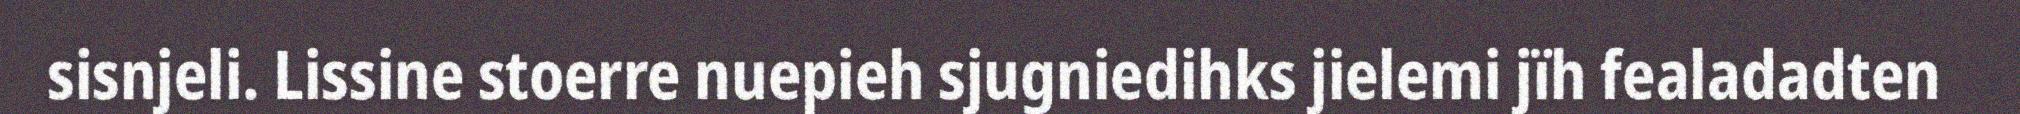
sisnjeli. Lissine stoerre nuepieh sjugniedihks jielemi jïh fealadadten